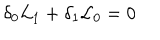
LaTeX: \delta _ { 0 } { \cal L } _ { 1 } + \delta _ { 1 } { \cal L } _ { 0 } = 0